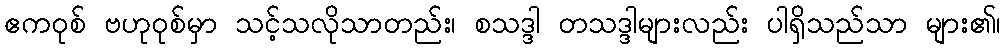
ဧကဝုစ် ဗဟုဝုစ်မှာ သင့်သလိုသာတည်း၊ စသဒ္ဒါ တသဒ္ဒါများလည်း ပါရှိသည်သာ များ၏၊